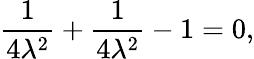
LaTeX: {\frac{1}{4\lambda^{2}}}+{\frac{1}{4\lambda^{2}}}-1=0,